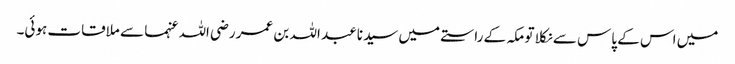
میں اس کے پاس سے نکلا تو مکہ کے راستے میں سیدنا عبد اللہ بن عمر رضی اللہ عنہما سے ملاقات ہوئی۔